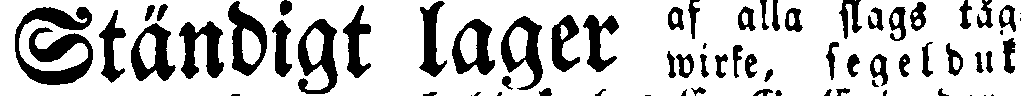
Ständigt lager af alla slags tåg